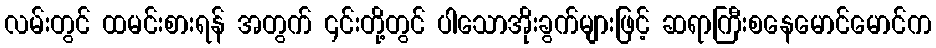
လမ်းတွင် ထမင်းစားရန် အတွက် ၎င်းတို့တွင် ပါသောအိုးခွက်များဖြင့် ဆရာကြီးစနေမောင်မောင်က